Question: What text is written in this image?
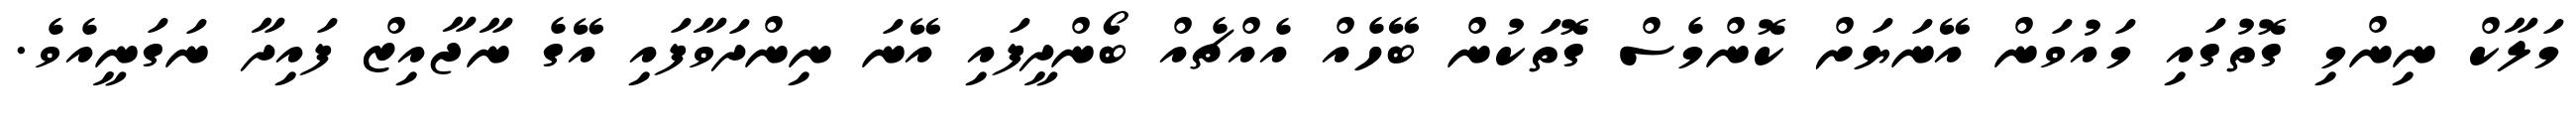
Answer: މަލާކް ނިންމި ގޮތުގައި މައުވަން އޭނަޔަށް ކޮންމެސް ގޮތަކުން ބޭހެއް އެއްޗެއް ބޯންދީފައި އޭނަ ނިންދަވާފައި އޭގެ ނާޖާއިޒް ފައިދާ ނަގަނީއެވެ.